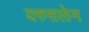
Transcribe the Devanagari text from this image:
यरुसलेम